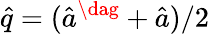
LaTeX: \hat{q}=(\hat{a}^{\dag}+\hat{a})/2